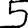
Digit: 5